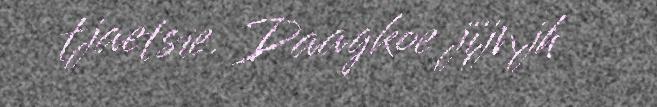
tjaetsie. Daagkoe jïjnjh